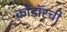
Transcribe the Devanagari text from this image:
काँडॉरची